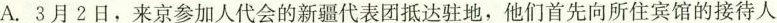
A. 3 月 2 日，来京参加人代会的新疆代表团抵达驻地，他们首先向所住宾馆的接待人